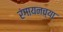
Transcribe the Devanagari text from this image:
रंगायनच्या